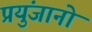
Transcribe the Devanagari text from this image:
प्रयुंजानो